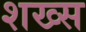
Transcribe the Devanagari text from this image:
शख्‍स